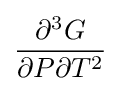
{\frac {\partial ^{3}G}{\partial P\partial T^{2}}}